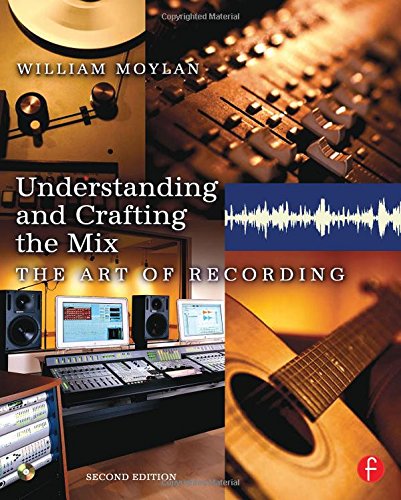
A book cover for Understanding and Crafting the Mix: The Art of Recording; William Moylan; Crafts, Hobbies & Home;